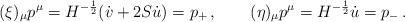
LaTeX: \begin{align*}(\xi)_{\mu} p^{\mu} = H^{-{1\over 2}}(\dot{v} + 2 S \dot{u}) = p_{+}\, , \quad \quad (\eta)_{\mu} p^{\mu} = H^{-{1\over2}} \dot{u} = p_{-}\, .\end{align*}